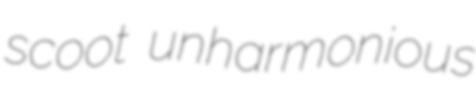
scoot unharmonious